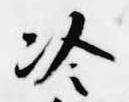
冷